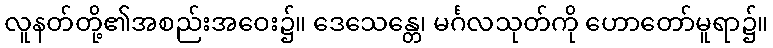
လူနတ်တို့၏အစည်းအဝေး၌။ ဒေသေန္တေ၊ မင်္ဂလသုတ်ကို ဟောတော်မူရာ၌။